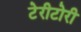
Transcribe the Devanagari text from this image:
टेरीटोरी